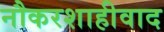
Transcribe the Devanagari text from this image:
नौकरशाहीवाद